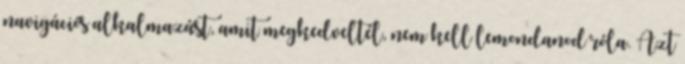
navigációs alkalmazást, amit megkedveltél, nem kell lemondanod róla. Azt